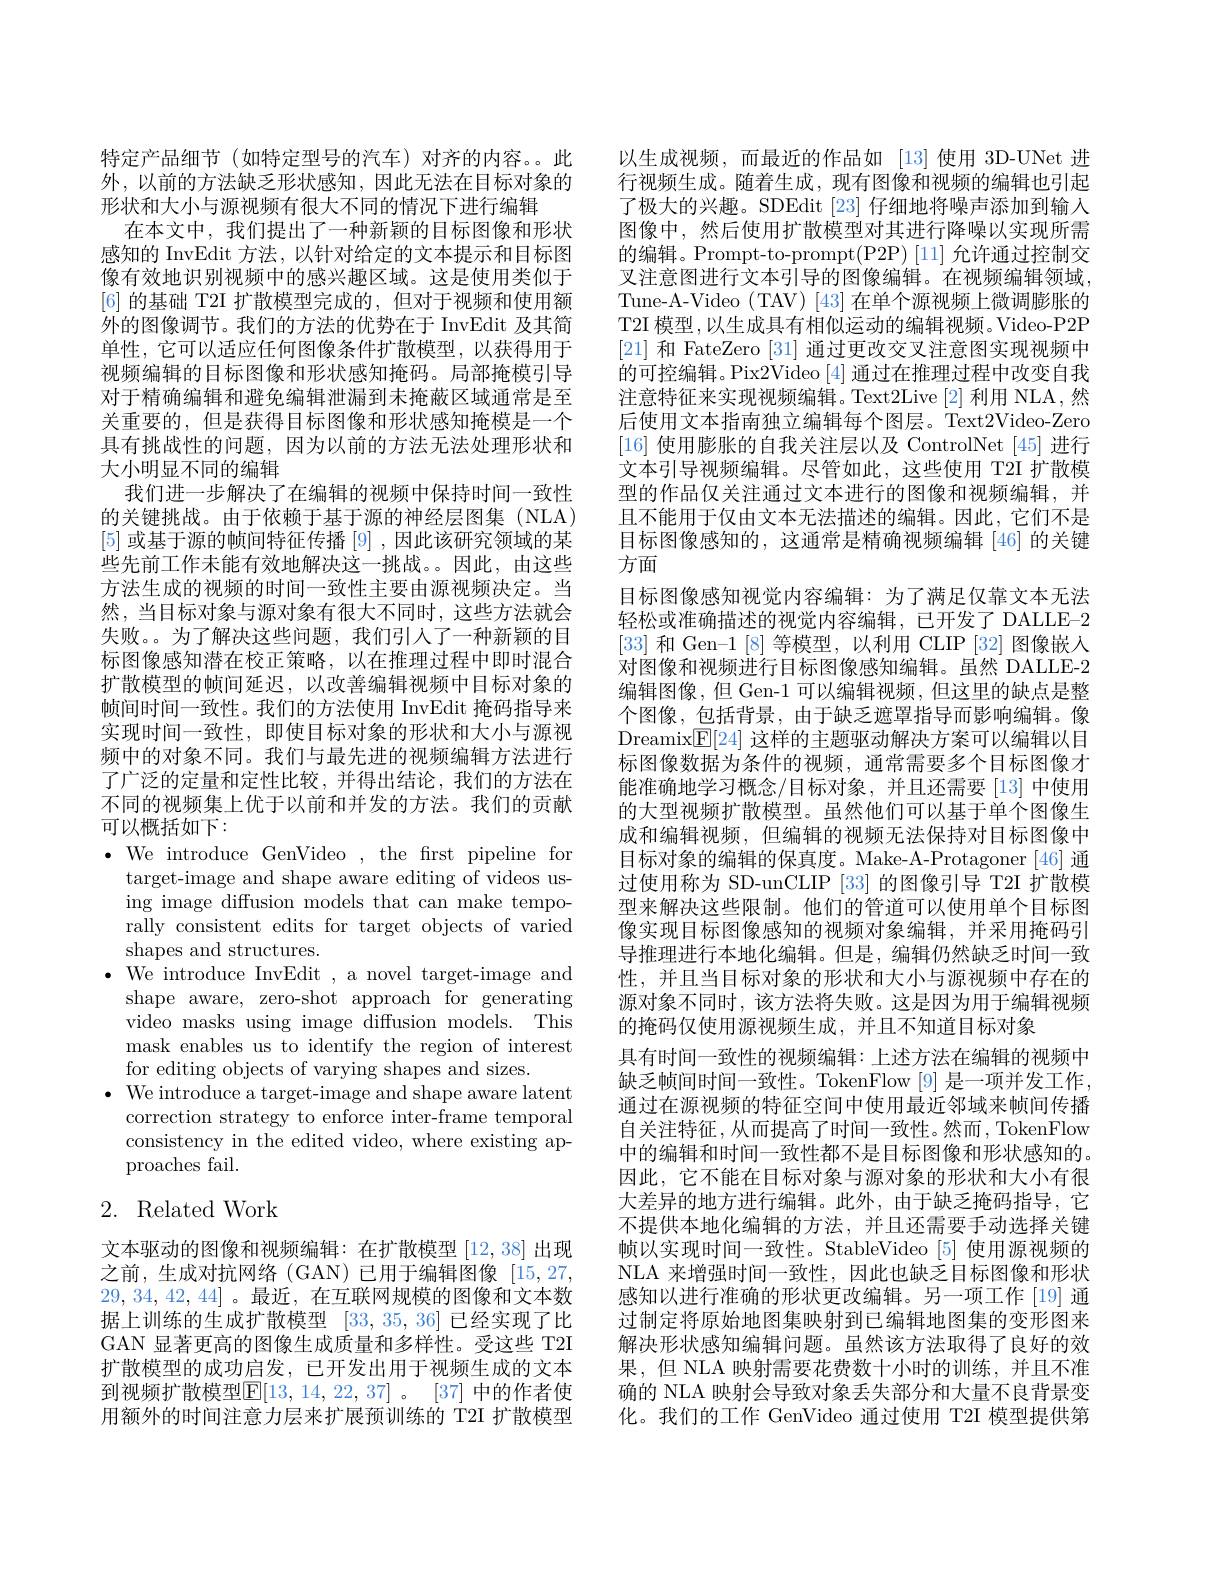
特定产品细节(如特定型号的汽车)对齐的内容。此外，以前的方法缺乏形状感知，因此无法在目标对象的形状和大小与源视频有很大不同的情况下进行编辑
在本文中，我们提出了一种新颖的目标图像和形状感知的 InvEdit 方法，以针对给定的文本提示和目标图像有效地识别视频中的感兴趣区域。这是使用类似于[6]的基础 T2II 扩散模型完成的，但对于视频和使用额外的图像调节。我们的方法的优势在于 InvEdit 及其简单性，它可以适应任何图像条件扩散模型，以获得用于视频编辑的目标图像和形状感知掩码。局部掩模引导对于精确编辑和避免编辑泄漏到未掩蔽区域通常是至关重要的，但是获得目标图像和形状感知掩模是一个具有挑战性的问题，因为以前的方法无法处理形状和大小明显不同的编辑
我们进一步解决了在编辑的视频中保持时间一致性的关键挑战。由于依赖于基于源的神经层图集(NLA) [5]或基于源的帧间特征传播 [9] ,因此该研究领域的某些先前工作未能有效地解决这一挑战。。因此，由这些方法生成的视频的时间一致性主要由源视频决定。当然，当目标对象与源对象有很大不同时，这些方法就会失败。。为了解决这些问题，我们引入了一种新颖的目标图像感知潜在校正策略，以在推理过程中即时混合扩散模型的帧间延迟，以改善编辑视频中目标对象的帧间时间一致性。我们的方法使用 InvEdit 掩码指导来实现时间一致性，即使目标对象的形状和大小与源视频中的对象不同。我们与最先进的视频编辑方法进行了广泛的定量和定性比较，并得出结论，我们的方法在不同的视频集上优于以前和并发的方法。我们的贡献可以概括如下：
$\bullet$ We introduce GenVideo, the first pipeline for

target-image and shape aware editing of videos using image diffusion models that can make temporally consistent edits for target objects of varied shapes and structures.
$\bullet$ We introduce InvEdit , a novel target-image and
shape aware, zero-shot approach for generating video masks using image diffusion models. This mask enables us to identify the region of interest for editing objects of varying shapes and sizes.
$\bullet$ We introduce a target-image and shape aware latent
correction strategy to enforce inter-frame temporal consistency in the edited video, where existing approaches fail.

## 2. Related Work

文本驱动的图像和视频编辑：在扩散模型 [12,38] 出现之前，生成对抗网络(GAN)已用于编辑图像[15,27,1] 29,34,42,44] 。最近，在互联网规模的图像和文本数据上训练的生成扩散模型[33,35,36]已经实现了比GAN 显著更高的图像生成质量和多样性。受这些 T2I 扩散模型的成功启发，已开发出用于视频生成的文本到视频扩散模型$\boxed{\mathrm{F} }[ 13, 14, 22, 37] $。[37] 中的作者使用额外的时间注意力层来扩展预训练的 T2I 扩散模型

以生成视频，而最近的作品如[13]使用 3D-UNet 进行视频生成。随着生成，现有图像和视频的编辑也引起了极大的兴趣。SDEdit [23] 仔细地将噪声添加到输入图像中，然后使用扩散模型对其进行降噪以实现所需的编辑。Prompt-to-prompt(P2P)[11] 允许通过控制交叉注意图进行文本引导的图像编辑。在视频编辑领域， Tune-A-Video (TAV) [43] 在单个源视频上微调膨胀的T2I 模型，以生成具有相似运动的编辑视频。Video-P2P [21] 和 FateZero [31] 通过更改交叉注意图实现视频中的可控编辑。Pix2Video [4]通过在推理过程中改变自我注意特征来实现视频编辑。Text2Live [2] 利用 NLA,然后使用文本指南独立编辑每个图层。Text2Video-Zero [16]使用膨胀的自我关注层以及 ControlNet [45] 进行文本引导视频编辑。尽管如此，这些使用 T2I 扩散模型的作品仅关注通过文本进行的图像和视频编辑，并且不能用于仅由文本无法描述的编辑。因此，它们不是目标图像感知的，这通常是精确视频编辑[46]的关键方面
目标图像感知视觉内容编辑：为了满足仅靠文本无法轻松或准确描述的视觉内容编辑，已开发了 DALLE-2 [33]和 Gen-1 [8] 等模型，以利用 CLIP [32] 图像嵌入对图像和视频进行目标图像感知编辑。虽然 DALLE-2编辑图像，但 Gen-1 可以编辑视频，但这里的缺点是整个图像，包括背景，由于缺乏遮罩指导而影响编辑。像Dreamix$\boxed{\mathrm{F}}[24]$这样的主题驱动解决方案可以编辑以目标图像数据为条件的视频，通常需要多个目标图像才能准确地学习概念/目标对象，并且还需要[13]中使用的大型视频扩散模型。虽然他们可以基于单个图像生成和编辑视频，但编辑的视频无法保持对目标图像中目标对象的编辑的保真度。Make-A-Protagoner [46] 通过使用称为 SD-unCLIP [33] 的图像引导 T2I 扩散模型来解决这些限制。他们的管道可以使用单个目标图像实现目标图像感知的视频对象编辑，并采用掩码引导推理进行本地化编辑。但是，编辑仍然缺乏时间一致性，并且当目标对象的形状和大小与源视频中存在的源对象不同时，该方法将失败。这是因为用于编辑视频的掩码仅使用源视频生成，并且不知道目标对象
具有时间一致性的视频编辑：上述方法在编辑的视频中缺乏帧间时间一致性。TokenFlow[9]是一项并发工作， 通过在源视频的特征空间中使用最近邻域来帧间传播自关注特征，从而提高了时间一致性。然而，TokenFlow 中的编辑和时间一致性都不是目标图像和形状感知的。因此，它不能在目标对象与源对象的形状和大小有很大差异的地方进行编辑。此外，由于缺乏掩码指导，它不提供本地化编辑的方法，并且还需要手动选择关键帧以实现时间一致性。StableVideo [5] 使用源视频的NLA 来增强时间一致性，因此也缺乏目标图像和形状感知以进行准确的形状更改编辑。另一项工作[19]通过制定将原始地图集映射到已编辑地图集的变形图来解决形状感知编辑问题。虽然该方法取得了良好的效果，但 NLA 映射需要花费数十小时的训练，并且不准确的 NLA 映射会导致对象丢失部分和大量不良背景变化。我们的工作 GenVideo 通过使用 T2I 模型提供第